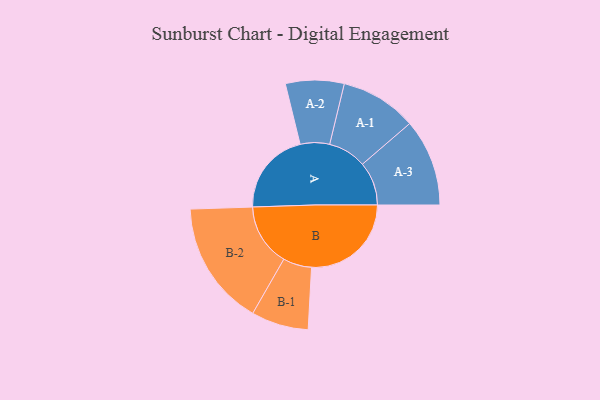
{"axis": {"x": "Segment", "y": "Value"}, "legend": ["", "A", "B"], "data": [{"x": "A", "y": 374, "type": ""}, {"x": "B", "y": 446, "type": ""}, {"x": "A-1", "y": 171, "type": "A"}, {"x": "A-2", "y": 131, "type": "A"}, {"x": "A-3", "y": 195, "type": "A"}, {"x": "B-1", "y": 128, "type": "B"}, {"x": "B-2", "y": 279, "type": "B"}]}